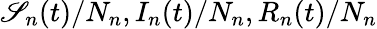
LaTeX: \mathscr{S}_{n}(t)/N_{n},I_{n}(t)/N_{n},R_{n}(t)/N_{n}